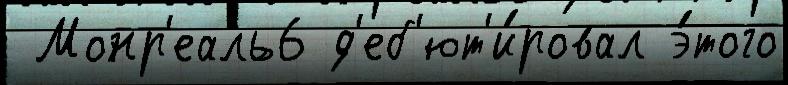
 Монр'еаль6 д'еб'ют'и́ровал э́того